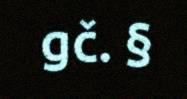
gč. §